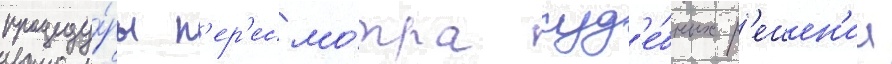
процеду́ры п'ер'есмо́тра суд'е́бных р'ешен'ии